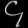
Digit: ၄